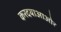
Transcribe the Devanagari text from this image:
करदयाआओर